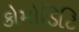
કોમોડિટિ